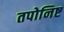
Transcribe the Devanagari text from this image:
तपोनिष्ट